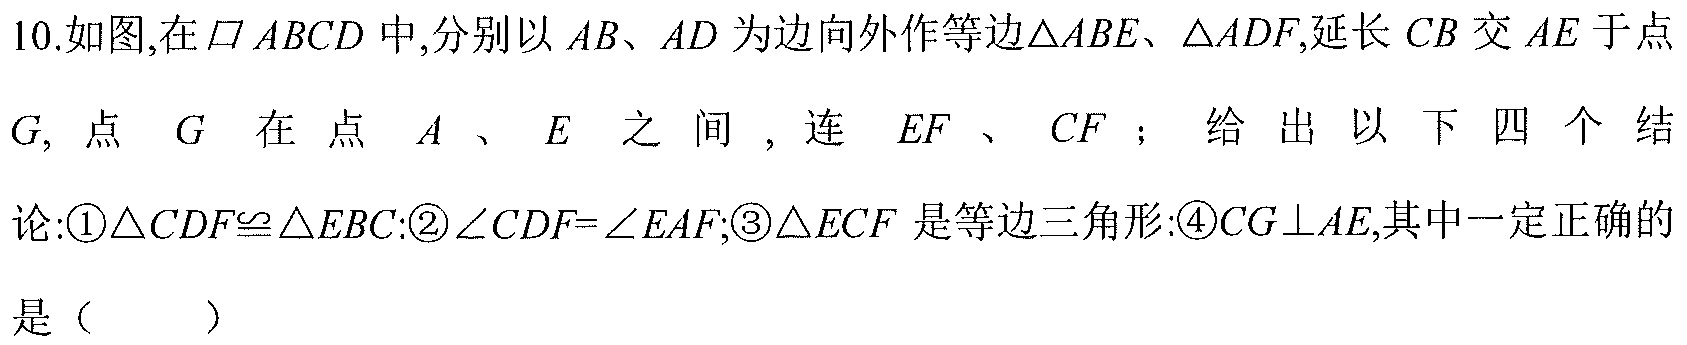
10.如图,在$\square ABCD$中,分别以\(AB\)、\(AD\)为边向外作等边\(\triangle ABE\)、\(\triangle ADF\),延长\(CB\)交\(AE\)于点\(G\), 点\(G\)在点\(A\)、\(E\)之间, 连\(EF\)、\(CF\)； 给出以下四个结论:\textcircled{1}\(\triangle CDF\cong\triangle EBC\):\textcircled{2}\(\angle CDF = \angle EAF\);\textcircled{3}\(\triangle ECF\)是等边三角形:\textcircled{4}\(CG\perp AE\),其中一定正确的是（  ）